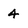
Character: 4